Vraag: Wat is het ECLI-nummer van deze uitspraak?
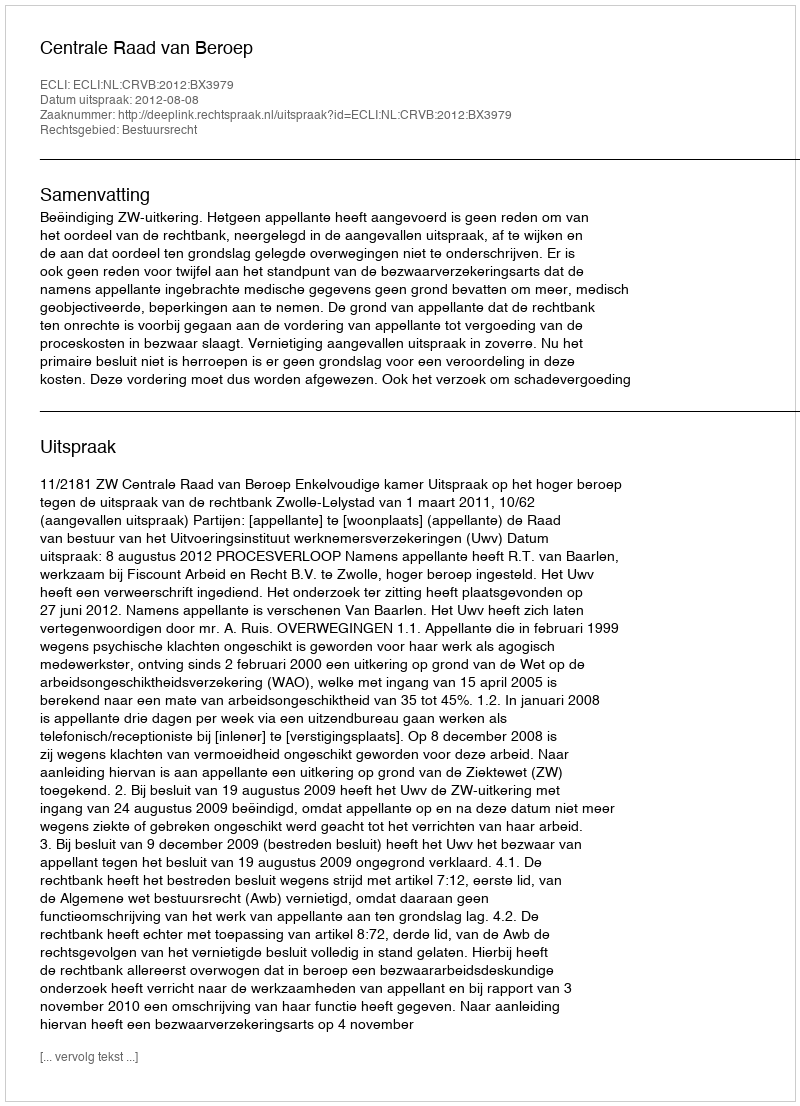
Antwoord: ECLI:NL:CRVB:2012:BX3979